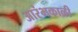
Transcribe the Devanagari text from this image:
आरंभकाळी